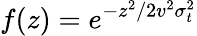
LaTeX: f(z)=e^{-z^{2}/2v^{2}\sigma_{t}^{2}}